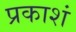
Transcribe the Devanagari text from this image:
प्रकाशं